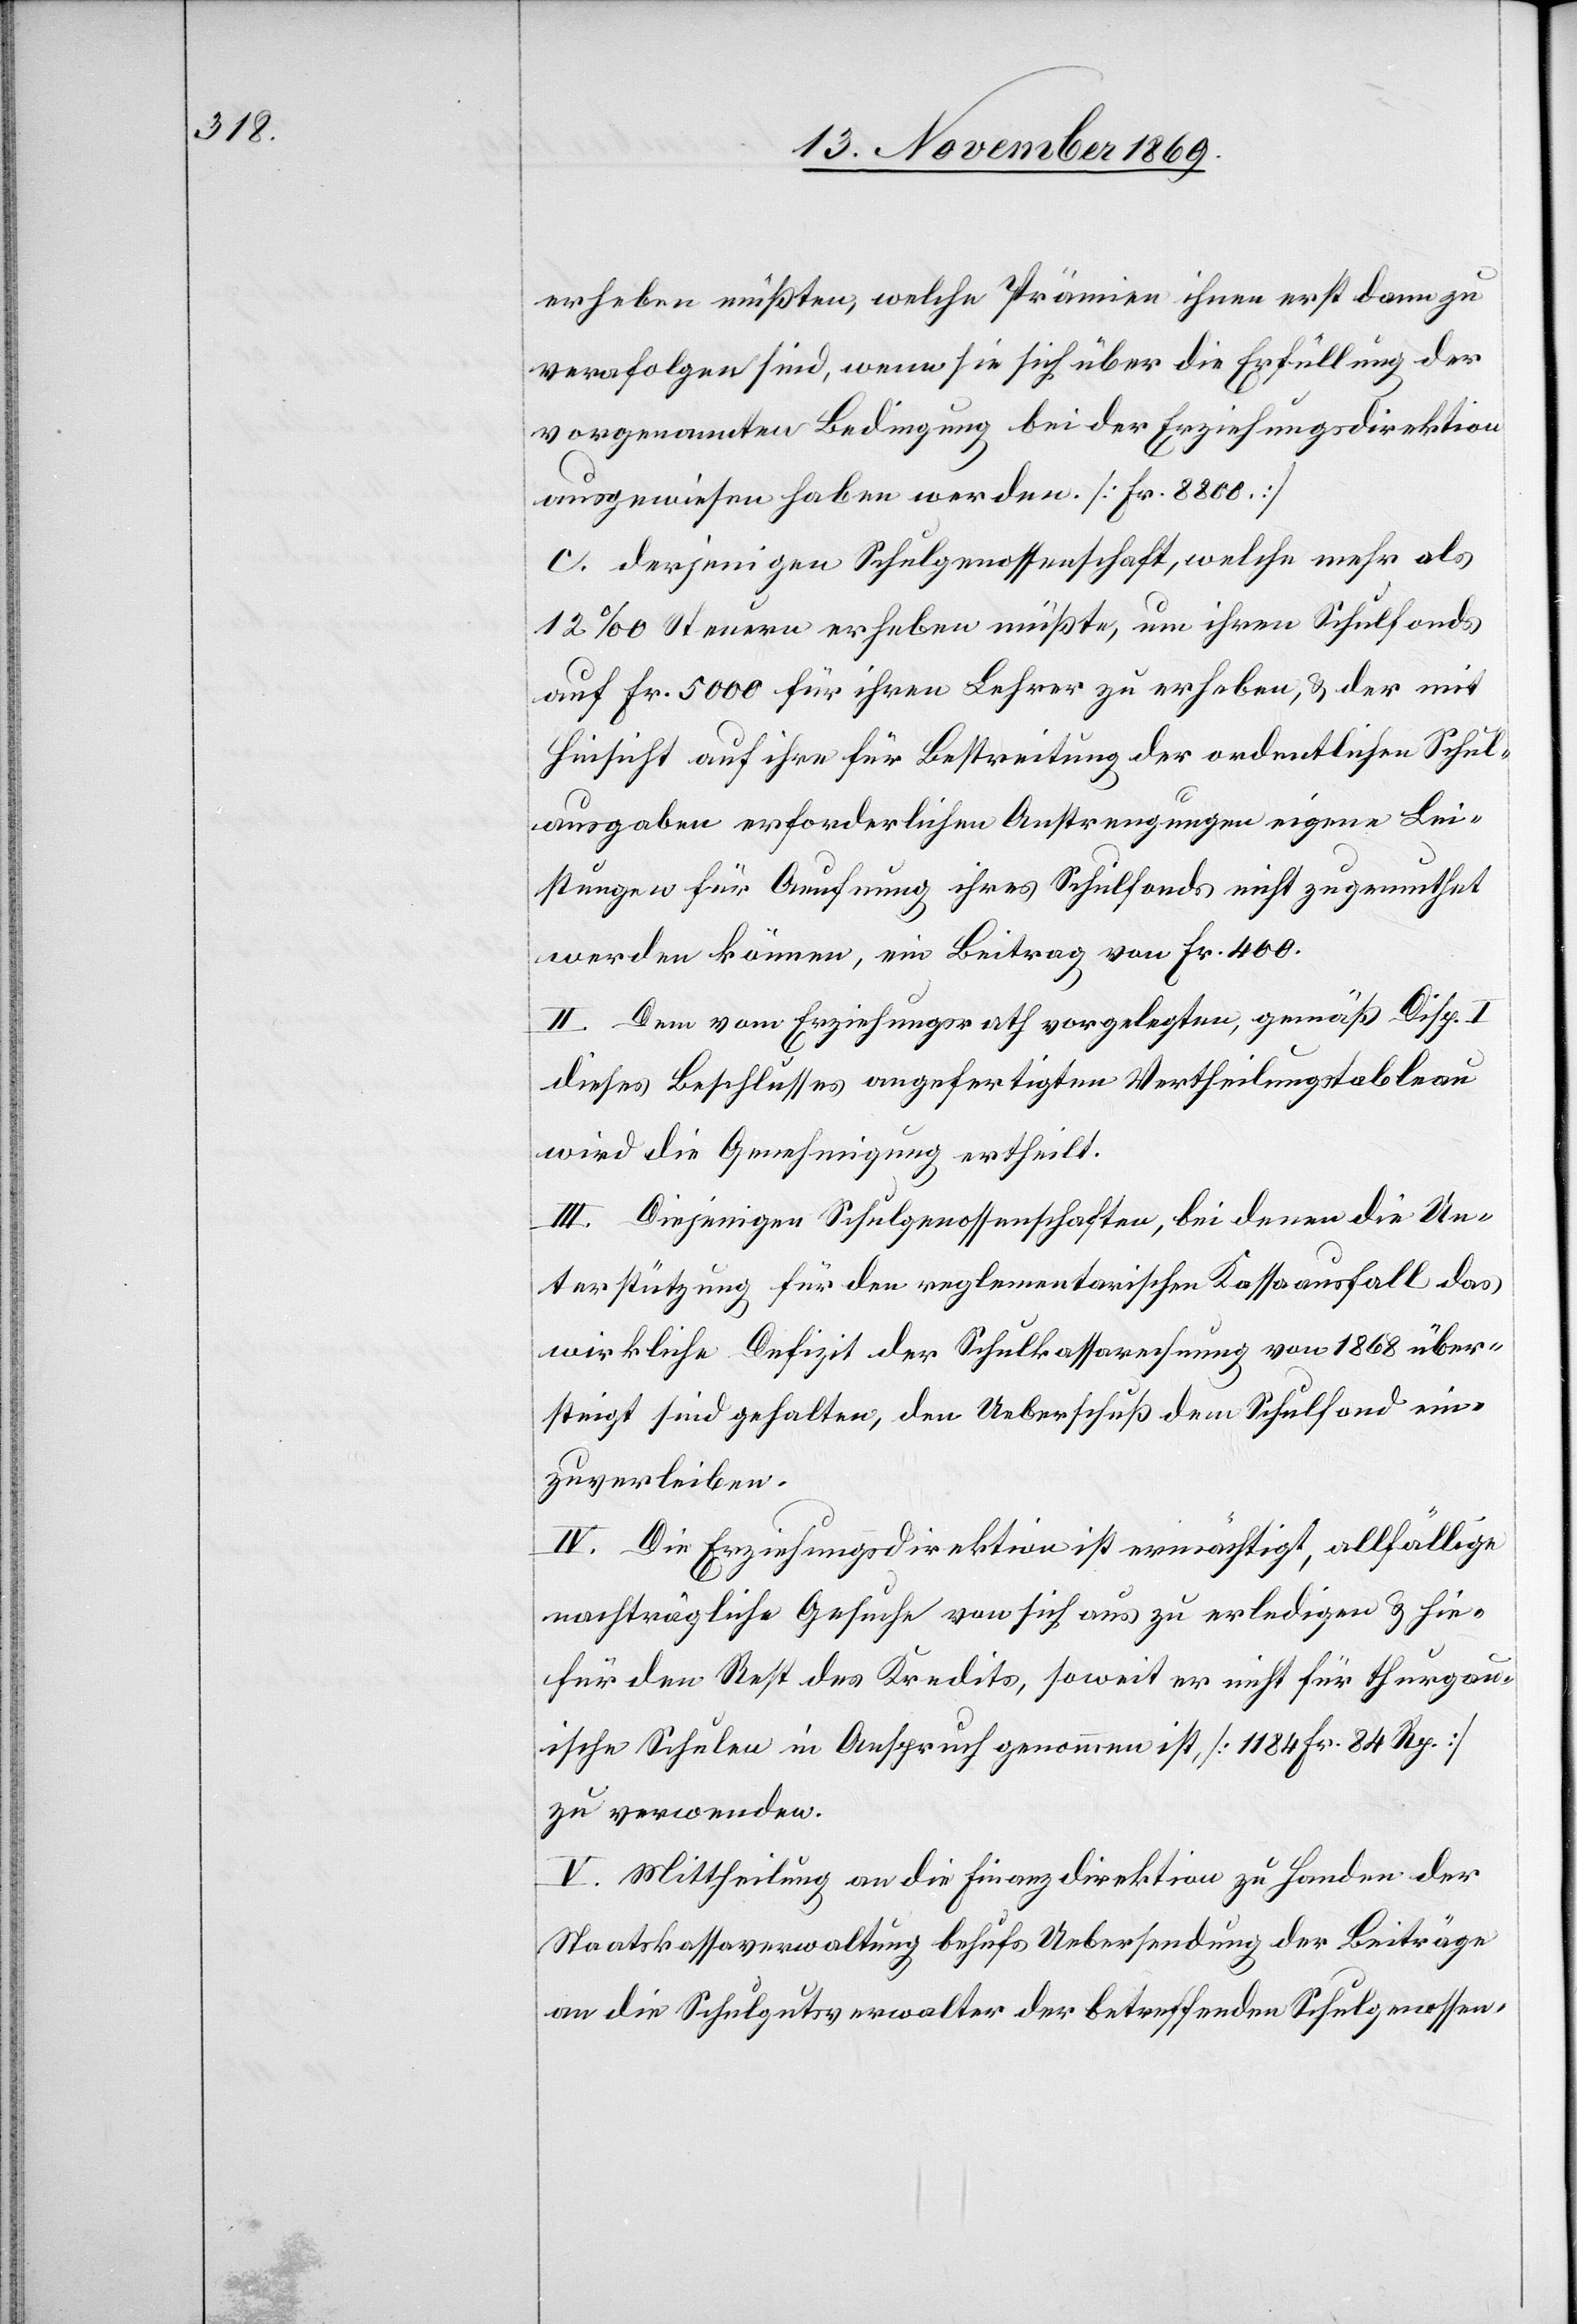
erheben müßten, welche Prämien ihnen erst dann zu
vera[b]folgen sind, wenn sie sich über die Erfüllung der
vorgenannten Bedingung bei der Erziehungdirektion
ausgewiesen haben werden. [Fr. 8800.]
c. derjenigen Schulgenossenschaft, welche mehr als
12‰ Steuern erheben müßte, um ihren Schulfonds
auf Fr. 5000 für ihren Lehrer zu erheben, & der mit
Hinsicht auf ihre für Bestreitung der ordentlichen Schul¬
ausgaben erforderlichen Anstrengungen eigene Lei¬
stungen für Aeufnung ihres Schulfonds nicht zugemuthet
werden können, ein Beitrag von Fr. 400.
II. Dem vom Erziehungsrath vorgelegten, gemäß Disp. I
dieses Beschlusses angefertigten Vertheilungstableau
wird die Genehmigung ertheilt.
III. Diejenigen Schulgenossenschaften, bei denen die Un¬
terstützung für den reglementarischen Kassaausfall das
wirkliche Defizit der Schulkassarechnung von 1868 über¬
steigt sind gehalten, den Ueberschuß dem Schulfond ein¬
zuverleiben.
IV. Die Erziehungsdirektion ist ermächtigt, allfällige
nachträgliche Gesuche von sich aus zu erledigen & hie¬
für den Rest des Kredits, soweit er nicht für thurgau¬
ische Schulen in Anspruch genommen ist, [1184 Fr. 84 Rp.]
zu verwenden.
V. Mittheilung an die Finanzdirektion zu Handen der
Staatskassaverwaltung behufs Uebersendung der Beiträge
an die Schulgutsverwalter der betreffenden Schulgenossen-